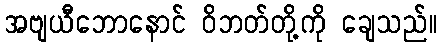
အဗျယီဘောနောင် ဝိဘတ်တို့ကို ချေသည်။